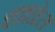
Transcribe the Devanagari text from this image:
शााळेत